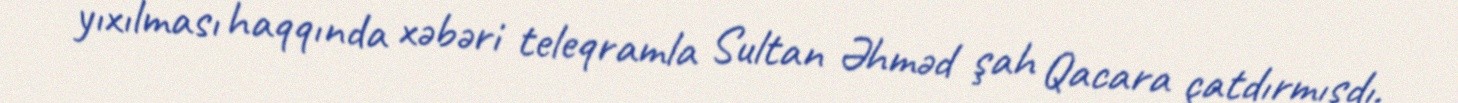
yıxılması haqqında xəbəri teleqramla Sultan Əhməd şah Qacara çatdırmışdı.